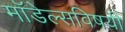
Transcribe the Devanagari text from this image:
मॉडेल्सविषयी